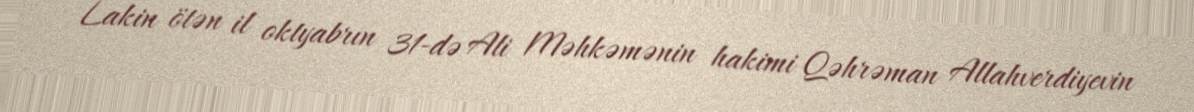
Lakin ötən il oktyabrın 31-də Ali Məhkəmənin hakimi Qəhrəman Allahverdiyevin